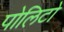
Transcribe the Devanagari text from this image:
पोलिटो